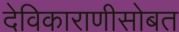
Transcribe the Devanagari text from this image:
देविकाराणीसोबत